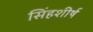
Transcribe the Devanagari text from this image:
सिंहशीर्ष